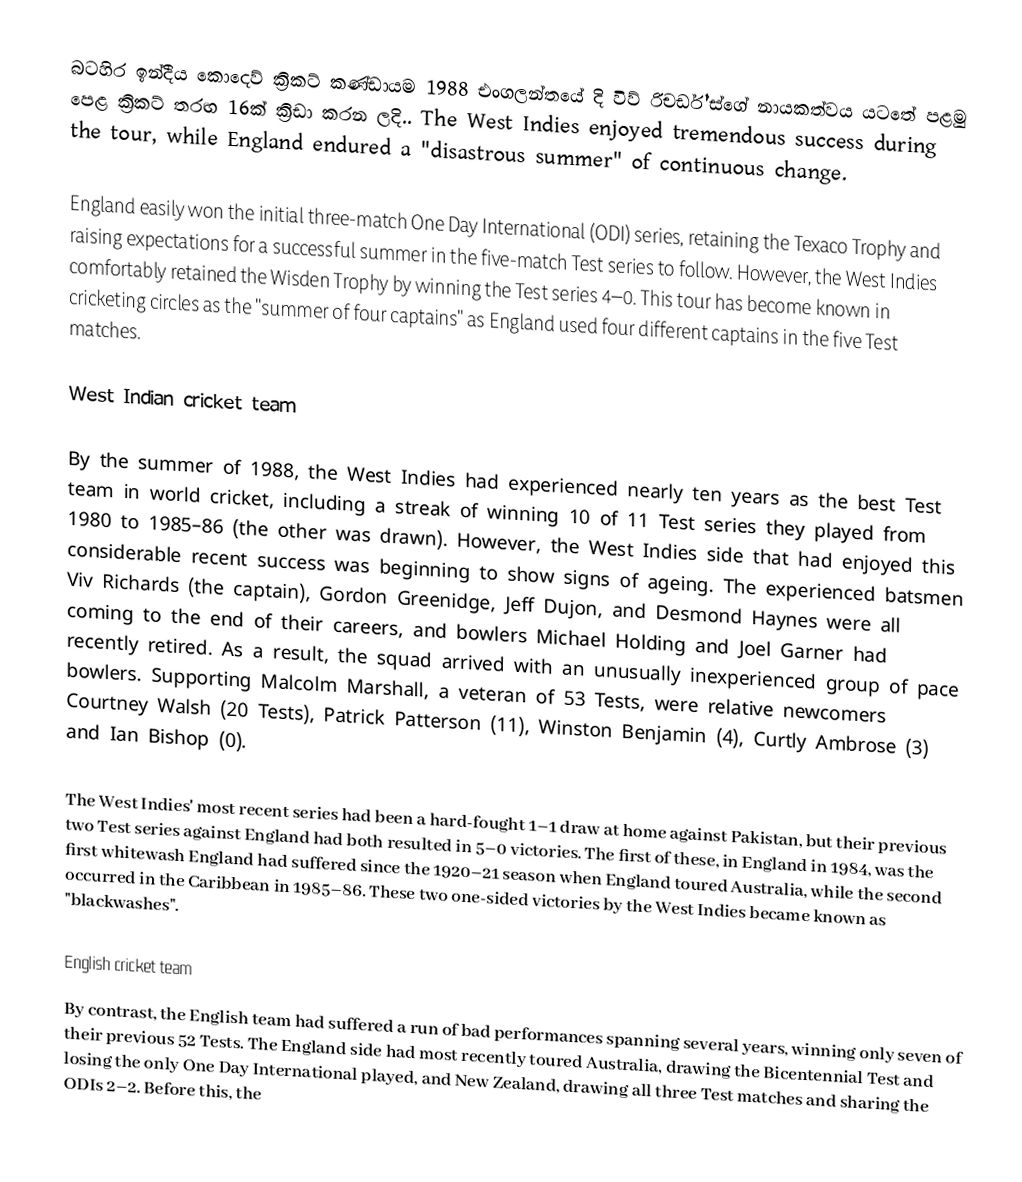
බටහිර ඉන්දීය කොදෙව් ක්‍රිකට් කණ්ඩායම 1988 එංගලන්තයේ දි විව් රිචර්ඩ්'ස්ගේ නායකත්වය  යටතේ පළමු පෙළ  ක්‍රිකට් තරඟ 16ක් ක්‍රිඩා කරන ලදි.. The West Indies enjoyed tremendous success during the tour, while England endured a "disastrous summer" of continuous change.

England easily won the initial three-match One Day International (ODI) series, retaining the Texaco Trophy and raising expectations for a successful summer in the five-match Test series to follow.  However, the West Indies comfortably retained the Wisden Trophy by winning the Test series 4–0. This tour has become known in cricketing circles as the "summer of four captains" as England used four different captains in the five Test matches.

West Indian cricket team

By the summer of 1988, the West Indies had experienced nearly ten years as the best Test team in world cricket, including a streak of winning 10 of 11 Test series they played from 1980 to 1985–86 (the other was drawn).  However, the West Indies side that had enjoyed this considerable recent success was beginning to show signs of ageing. The experienced batsmen Viv Richards (the captain), Gordon Greenidge, Jeff Dujon, and Desmond Haynes were all coming to the end of their careers, and bowlers Michael Holding and Joel Garner had recently retired. As a result, the squad arrived with an unusually inexperienced group of pace bowlers.  Supporting Malcolm Marshall, a veteran of 53 Tests, were relative newcomers Courtney Walsh (20 Tests), Patrick Patterson (11), Winston Benjamin (4), Curtly Ambrose (3) and Ian Bishop (0).

The West Indies' most recent series had been a hard-fought 1–1 draw at home against Pakistan, but their previous two Test series against England had both resulted in 5–0 victories. The first of these, in England in 1984, was the first whitewash England had suffered since the 1920–21 season when England toured Australia, while the second occurred in the Caribbean in 1985–86. These two one-sided victories by the West Indies became known as "blackwashes".

English cricket team
By contrast, the English team had suffered a run of bad performances spanning several years, winning only seven of their previous 52 Tests.  The England side had most recently toured Australia, drawing the Bicentennial Test and losing the only One Day International played, and New Zealand, drawing all three Test matches and sharing the ODIs 2–2. Before this, the